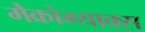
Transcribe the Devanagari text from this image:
मैक्रोम्याक्स